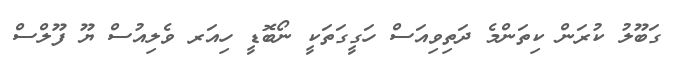
ގަބޫލު ކުރަން ކިތަންމެ ދަތިވިއަސް ހަގީގަތަކީ ނޯބޮޑީ ހިއަރ ވެލިއުސް ޔޫ ފޫލްސް